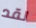
لقد